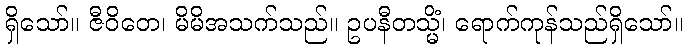
ရှိသော်။ ဇီဝိတေ၊ မိမိအသက်သည်။ ဥပနီတသ္မိံ၊ ရောက်ကုန်သည်ရှိသော်။